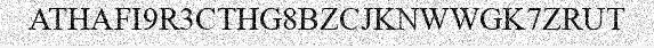
ATHAFI9R3CTHG8BZCJKNWWGK7ZRUT